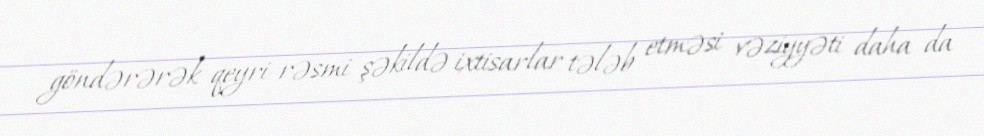
göndərərək qeyri-rəsmi şəkildə ixtisarlar tələb etməsi vəziyyəti daha da